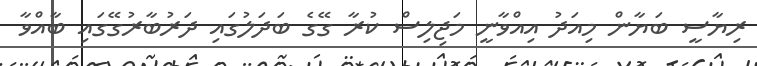
ރިޔާސީ ބަޔާން މިއަދު އިއްވާނީ މަޖިލިސް ކުރާ ގޭގެ ބަދަލުގައި ދަރުބާރުގޭގައި ބާއްވާ